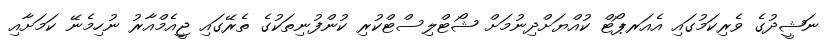
ނަޝީދުގެ ވެރިކަމުގައި އެއަރޕޯޓް ކުއްޔަށްދިނުމަށް ޝޯޓްލިސްޓްކުރި ކުންފުނިތަކުގެ ތެރޭގައި ޖީއެމްއާރު ނުހިމެނޭ ކަމަށާއި